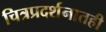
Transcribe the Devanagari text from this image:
चित्रप्रदर्शनातही